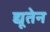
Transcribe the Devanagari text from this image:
द्यूतेन